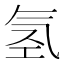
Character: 氢